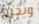
ويخرج